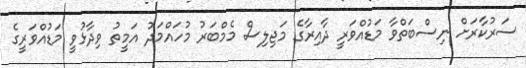
ސަރުކާރަށް ނިސްބަތްވާ މަޑުއްވަރީ ދާއިރާގެ މަޖިލިސް މެމްބަރު މުހައްމަދު އަމީތު ވިދާޅުވީ މަޑުއްވަރީގެ